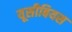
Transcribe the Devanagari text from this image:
यूसीबियस